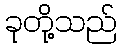
ခုတို့သည်